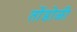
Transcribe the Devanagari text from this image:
तोंडोळी